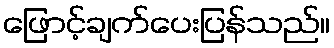
ဖြောင့်ချက်ပေးပြန်သည်။